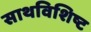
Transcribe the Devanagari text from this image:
साथविशिष्ट